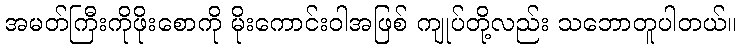
အမတ်ကြီးကိုဖိုးစောကို မိုးကောင်းဝါအဖြစ် ကျုပ်တို့လည်း သဘောတူပါတယ်။